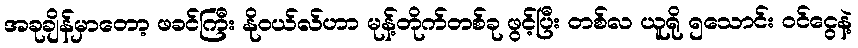
အခုချိန်မှာတော့ ဖခင်ကြီး နိုဝယ်လ်ဟာ မုန့်တိုက်တစ်ခု ဖွင့်ပြီး တစ်လ ယူရို ၅သောင်း ဝင်ငွေနဲ့